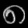
Digit: ၈